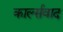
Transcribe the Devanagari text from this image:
कार्ल्सवाद